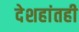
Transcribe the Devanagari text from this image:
देशहांतही